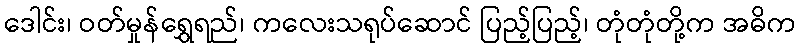
ဒေါင်း၊ ဝတ်မှုန်ရွှေရည်၊ ကလေးသရုပ်ဆောင် ပြည့်ပြည့်၊ တုံတုံတို့က အဓိက